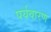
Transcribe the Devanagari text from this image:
पर्यवारण